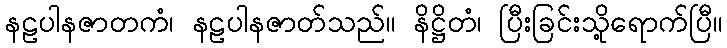
နဠပါနဇာတကံ၊ နဠပါနဇာတ်သည်။ နိဋ္ဌိတံ၊ ပြီးခြင်းသို့ရောက်ပြီ။